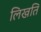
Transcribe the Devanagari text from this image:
लिखति